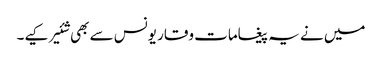
میں نے یہ پیغامات وقار یونس سے بھی شئیر کیے۔